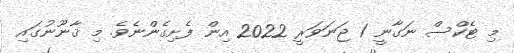
މި ޓެކްސް ނަގާނީ 1 ޖަނަވަރީ 2022 އިން ފެށިގެންނެވެ. މި ޤާނޫނުގައި